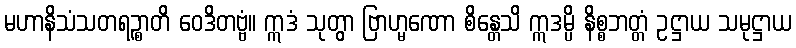
မဟာနိသံသတရဉ္စာတိ ဝေဒိတဗ္ဗံ။ ဣဒံ သုတွာ ဗြာဟ္မဏော စိန္တေသိ ဣဒမ္ပိ နိစ္စဘတ္တံ ဥဋ္ဌာယ သမုဋ္ဌာယ